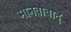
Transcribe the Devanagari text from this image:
मानवावाद